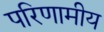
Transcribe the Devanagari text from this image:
परिणामीय